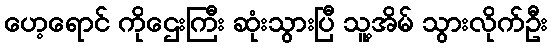
ဟေ့ရောင် ကိုဌေးကြီး ဆုံးသွားပြီ သူ့အိမ် သွားလိုက်ဦး